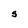
Character: S